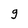
Character: g